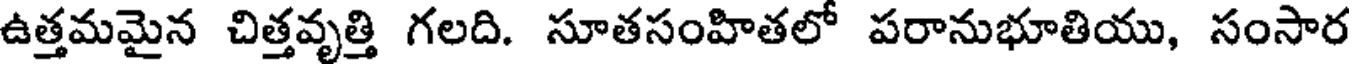
ఉత్తమమైన చిత్తవృత్తి గలది. సూతసంహితలో పరానుభూతియు, సంసార